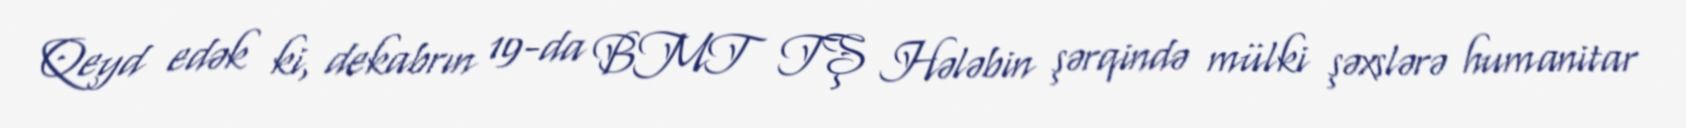
Qeyd edək ki, dekabrın 19-da BMT TŞ Hələbin şərqində mülki şəxslərə humanitar